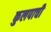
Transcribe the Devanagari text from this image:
कुलपाची